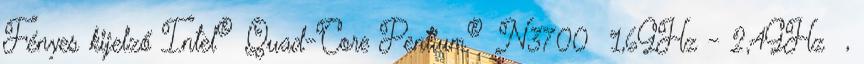
Fényes kijelző Intel® Quad-Core Pentium® N3700 1,6GHz - 2,4GHz ,